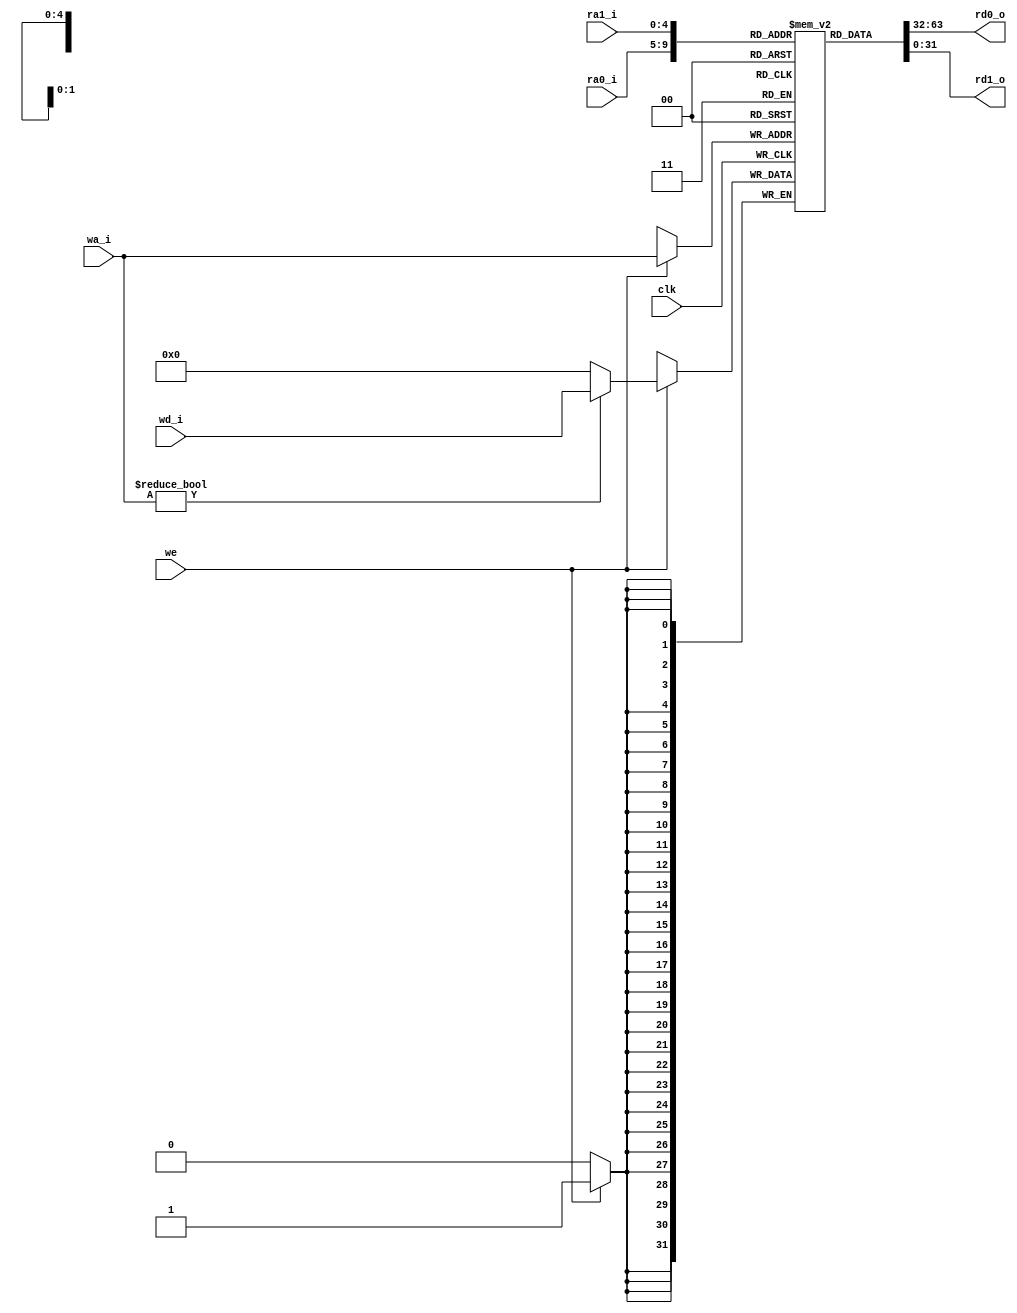
module RF(clk, we, ra0_i, ra1_i, wa_i, wd_i, rd0_o, rd1_o);
	input we;
	input clk;
	input [4:0] ra0_i, ra1_i, wa_i;
	input [31:0] wd_i;
	output [31:0] rd0_o, rd1_o;
	
	integer i;
	reg [31:0] Registers[31:0];
	
	initial
		begin
		for(i = 0;i < 32;i = i + 1)
			begin
			Registers[i] <= 0;
			end
		end
	
	assign rd0_o = Registers[ra0_i];
	assign rd1_o = Registers[ra1_i];
	
	always@(negedge clk)
		begin
		if(we)
			begin
			Registers[wa_i] <= (wa_i != 5'b0) ? wd_i : 32'b0;
			$display("Registers  %x  %x", wa_i, wd_i);
			end
		end
endmodule